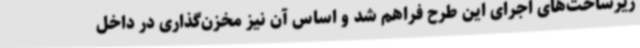
زیرساخت‌های اجرای این طرح فراهم شد و اساس آن نیز مخزن‌گذاری در داخل